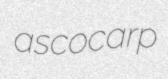
ascocarp